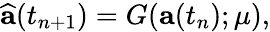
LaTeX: \widehat{\mathbf{a}}(t_{n+1})=G(\mathbf{a}(t_{n});\mu),